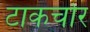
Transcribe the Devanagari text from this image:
टाकचोर